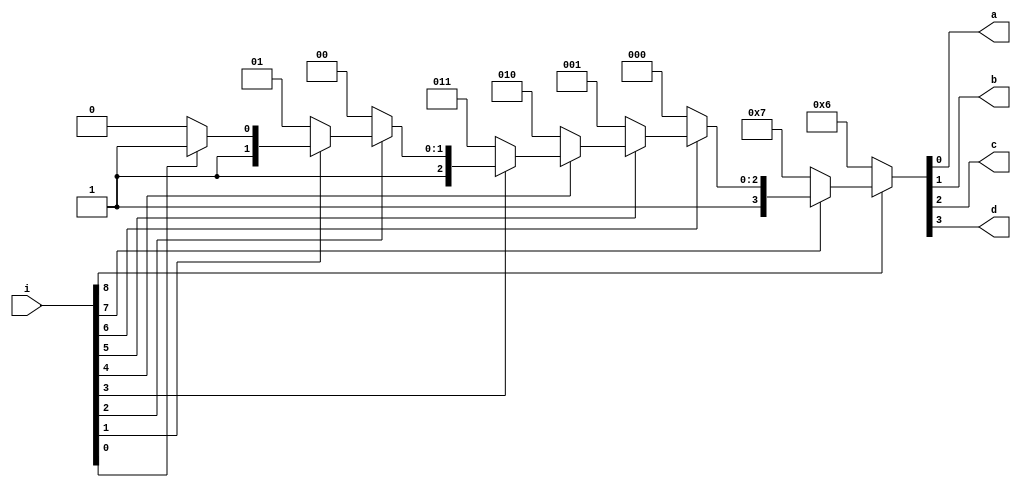
module sn74ls147(i, a, b, c, d);
input [8:0] i;
output a, b, c, d;
wire [3:0] y;

parameter
	// TI TTL data book Vol 1, 1985
	tPLH_min=0, tPLH_typ=21, tPLH_max=33, // worst case
	tPHL_min=0, tPHL_typ=15, tPHL_max=23;

	assign y = (i[8]==0 ? 4'b0110 :
				(i[7]==0 ? 4'b0111 :
				 (i[6]==0 ? 4'b1000 :
				  (i[5]==0 ? 4'b1001 :
				   (i[4]==0 ? 4'b1010 :
					(i[3]==0 ? 4'b1011 :
					 (i[2]==0 ? 4'b1100 :
					  (i[1]==0 ? 4'b1101 :
					   (i[0]==0 ? 4'b1110 : 4'b1111)))))))));

	assign #(tPLH_min:tPLH_typ:tPLH_max, tPHL_min:tPHL_typ:tPHL_max) a = y[0];
	assign #(tPLH_min:tPLH_typ:tPLH_max, tPHL_min:tPHL_typ:tPHL_max) b = y[1];
	assign #(tPLH_min:tPLH_typ:tPLH_max, tPHL_min:tPHL_typ:tPHL_max) c = y[2];
	assign #(tPLH_min:tPLH_typ:tPLH_max, tPHL_min:tPHL_typ:tPHL_max) d = y[3];
endmodule